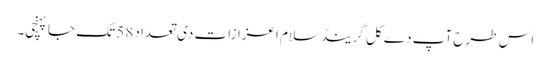
اس طرح آپ دے کل گرینڈ سلام اعزازات د‏‏ی تعداد 58 تک جا پہنچی۔